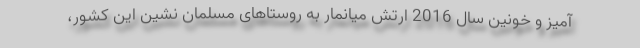
آمیز و خونین سال 2016 ارتش میانمار به روستاهای مسلمان نشین این کشور،